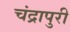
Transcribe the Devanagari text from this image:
चंद्रापुरी